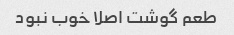
طعم گوشت اصلا خوب نبود